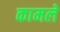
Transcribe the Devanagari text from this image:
कामले